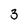
Character: 3